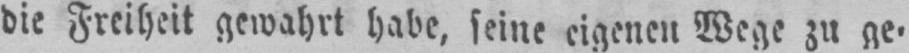
die Freiheit gewahrt habe, seine eigenen Wege zu ge⸗